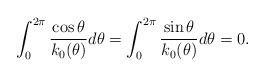
LaTeX: \begin{align*}\int_{0}^{2\pi}\frac{\cos\theta}{k_{0}(\theta)}d\theta=\int_{0}^{2\pi}\frac{\sin\theta}{k_{0}(\theta)}d\theta=0. \end{align*}